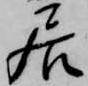
居